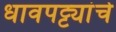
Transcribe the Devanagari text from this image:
धावपट्ट्यांचे